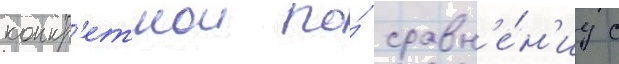
конкр'етнои по́ сравн'е́н'иу с